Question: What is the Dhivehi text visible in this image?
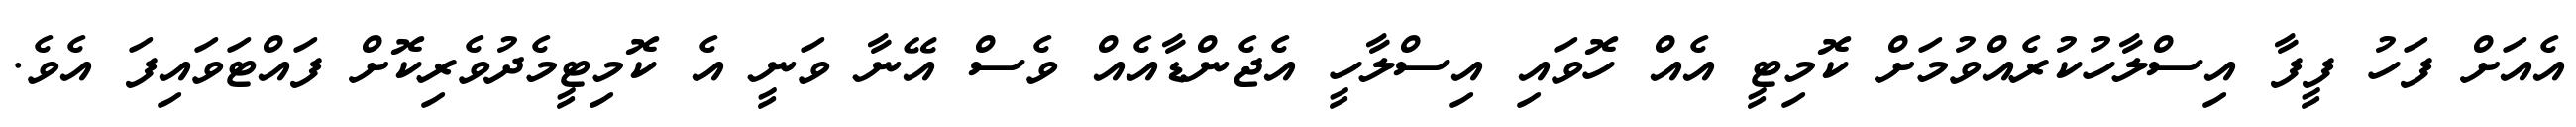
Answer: އެއަށް ފަހު ފީފާ އިސްލާހުކުރެއްވުމަށް ކޮމިޓީ އެއް ހޮވައި އިސްލާހީ އެޖެންޑާއެއް ވެސް އޭނާ ވަނީ އެ ކޮމިޓީމެދުވެރިކޮށް ފައްޓަވައިފަ އެވެ.